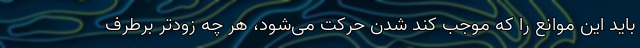
باید این موانع را که موجب کُند شدن حرکت می‌شود، هر چه زودتر برطرف